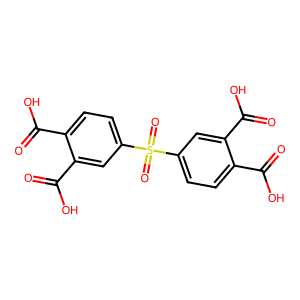
SMILES: O=C(O)c1ccc(S(=O)(=O)c2ccc(C(=O)O)c(C(=O)O)c2)cc1C(=O)O
Inhibits HIV replication: No